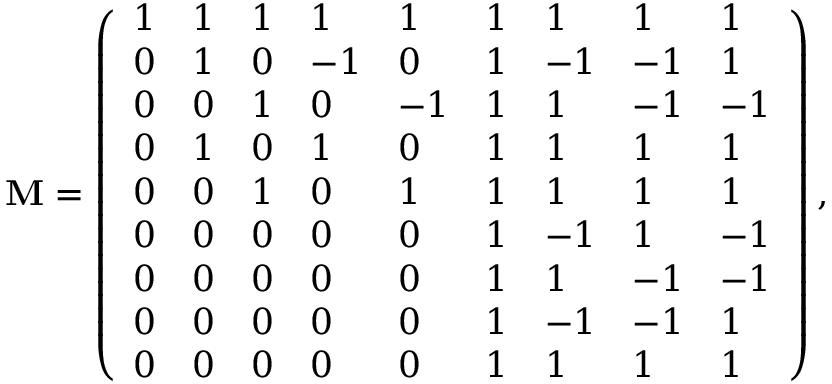
\mathbf { M } = \left( \begin{array} { l l l l l l l l l } { 1 } & { 1 } & { 1 } & { 1 } & { 1 } & { 1 } & { 1 } & { 1 } & { 1 } \\ { 0 } & { 1 } & { 0 } & { - 1 } & { 0 } & { 1 } & { - 1 } & { - 1 } & { 1 } \\ { 0 } & { 0 } & { 1 } & { 0 } & { - 1 } & { 1 } & { 1 } & { - 1 } & { - 1 } \\ { 0 } & { 1 } & { 0 } & { 1 } & { 0 } & { 1 } & { 1 } & { 1 } & { 1 } \\ { 0 } & { 0 } & { 1 } & { 0 } & { 1 } & { 1 } & { 1 } & { 1 } & { 1 } \\ { 0 } & { 0 } & { 0 } & { 0 } & { 0 } & { 1 } & { - 1 } & { 1 } & { - 1 } \\ { 0 } & { 0 } & { 0 } & { 0 } & { 0 } & { 1 } & { 1 } & { - 1 } & { - 1 } \\ { 0 } & { 0 } & { 0 } & { 0 } & { 0 } & { 1 } & { - 1 } & { - 1 } & { 1 } \\ { 0 } & { 0 } & { 0 } & { 0 } & { 0 } & { 1 } & { 1 } & { 1 } & { 1 } \end{array} \right) ,